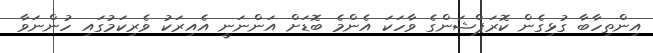
އިންތިހާބާ ގުޅިގެން ކޮރަޕްޝަންގެ ވާހަކަ އެންމެ ބޮޑަށް އަންނަނީ އެއިރަކު ވެރިކަމުގައި ހުންނަވާ